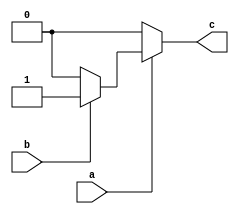
module nested_if_else(
    input wire a,
    input wire b,
    output reg c
);

always @(*)
begin
    if(a) begin
        if(b) begin
            c <= 1; // Both a and b are true
        end
        else begin
            c <= 0; // Only a is true
        end
    end
    else begin
        c <= 0; // Neither a nor b is true
    end
end

endmodule